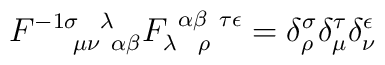
F^{-1 \sigma ~~\lambda}_{~~~~\mu \nu ~\alpha \beta}F_{\lambda~~\rho}^{~\alpha \beta ~ \tau \epsilon} =\delta^\sigma_\rho \delta^\tau_\mu \delta^\epsilon_\nu